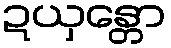
ဍယှန္တော